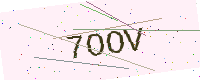
Text: 7OOV